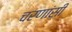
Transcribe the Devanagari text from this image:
चरणांसी